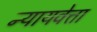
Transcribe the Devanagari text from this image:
न्यायवेत्ता